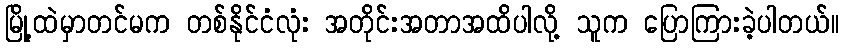
မြို့ထဲမှာတင်မက တစ်နိုင်ငံလုံး အတိုင်းအတာအထိပါလို့ သူက ပြောကြားခဲ့ပါတယ်။